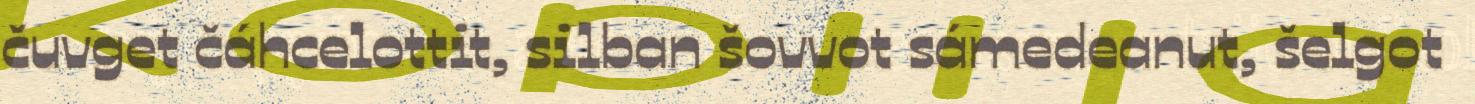
čuvget čáhcelottit, silban šovvot sámedeanut, šelgot